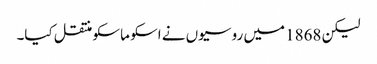
لیکن 1868 میں روسیوں نے اسکو ماسکو منتقل کیا۔